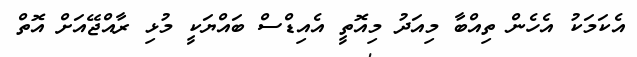
އެކަމަކު އެހެން ތިއްބާ މިއަދު މިއޮތީ އެއިޑްސް ބައްޔަކީ މުޅި ރާއްޖޭއަށް އޮތް